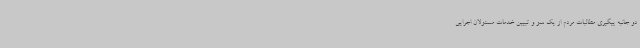
دو جانبه پیگیری مطالبات مردم از یک سو و تبیین خدمات مسئولان اجرایی